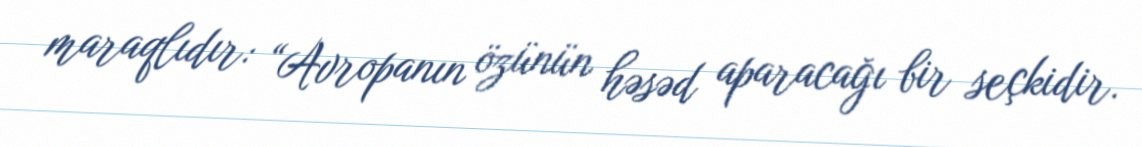
maraqlıdır: “Avropanın özünün həsəd aparacağı bir seçkidir.